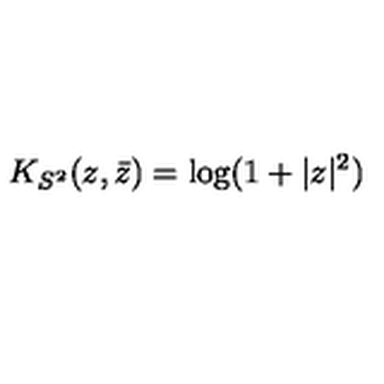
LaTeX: K _ { S ^ { 2 } } ( z , \bar { z } ) = \mathrm { l o g } ( 1 + | z | ^ { 2 } )